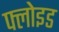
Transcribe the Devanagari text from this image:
फ्लोइड